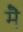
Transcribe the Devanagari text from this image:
मेॆ